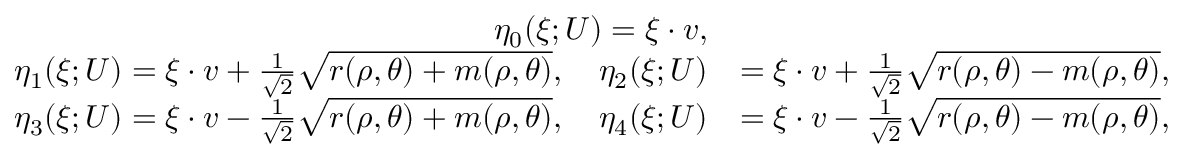
\begin{array} { r l } { \eta _ { 0 } ( \xi ; U ) = \xi \cdot v , } & { } \\ { \eta _ { 1 } ( \xi ; U ) = \xi \cdot v + \frac { 1 } { \sqrt { 2 } } \sqrt { r ( \rho , \theta ) + m ( \rho , \theta ) } , \quad \eta _ { 2 } ( \xi ; U ) } & { = \xi \cdot v + \frac { 1 } { \sqrt { 2 } } \sqrt { r ( \rho , \theta ) - m ( \rho , \theta ) } , } \\ { \eta _ { 3 } ( \xi ; U ) = \xi \cdot v - \frac { 1 } { \sqrt { 2 } } \sqrt { r ( \rho , \theta ) + m ( \rho , \theta ) } , \quad \eta _ { 4 } ( \xi ; U ) } & { = \xi \cdot v - \frac { 1 } { \sqrt { 2 } } \sqrt { r ( \rho , \theta ) - m ( \rho , \theta ) } , } \end{array}